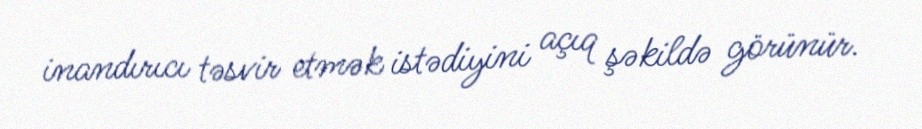
inandırıcı təsvir etmək istədiyini açıq şəkildə görünür.